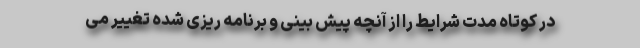
در کوتاه مدت شرایط را از آنچه پیش بینی و برنامه ریزی شده تغییر می